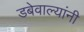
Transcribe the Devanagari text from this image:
डबेवाल्यांनी